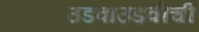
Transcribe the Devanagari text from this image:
उडवाउडवीची